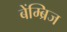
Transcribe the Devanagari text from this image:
बेंम्ब्रिज